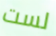
لست